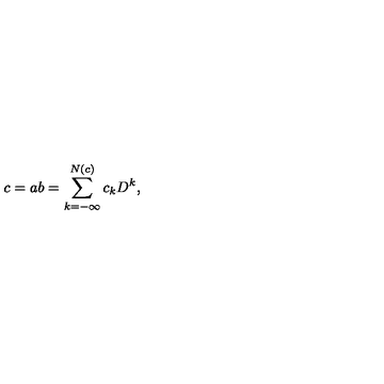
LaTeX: c = a b = \sum _ { k = - \infty } ^ { N ( c ) } c _ { k } D ^ { k } ,